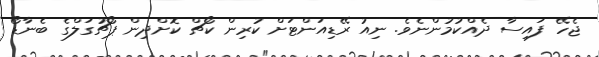
ޖެހޭ ފައިސާ ދެއްކުމުންނެވެ. ނިއު ރޭޑިއަންޓަށް ކުރިން ކޯޗް ކޮށްދިން ޕޯޗުގަލްގެ ބެނާޑޯ